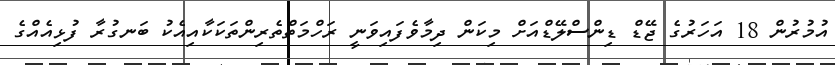
އުމުރުން 18 އަހަރުގެ ޖޭޑް ޑިންސްލޭޑްއަށް މިކަން ދިމާވެފައިވަނީ ރަހްމަތްތެރިންތަކަކާއިއެކު ބަނގުރާ ފުޅިއެއްގެ